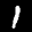
Label: 1